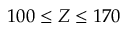
1 0 0 \leq Z \leq 1 7 0